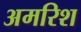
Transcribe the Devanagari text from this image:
अमरिश